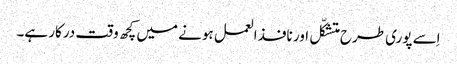
اِسے پوری طرح متشکّل اور نافذ العمل ہونے میں کچھ وقت درکار ہے۔